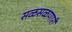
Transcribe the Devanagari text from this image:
सळसळणारी